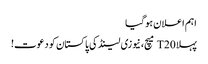
اہم اعلان ہوگیا
پہلا T20 میچ، نیوزی لینڈ کی پاکستان کو دعوت!